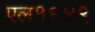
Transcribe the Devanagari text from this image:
एल१६४९